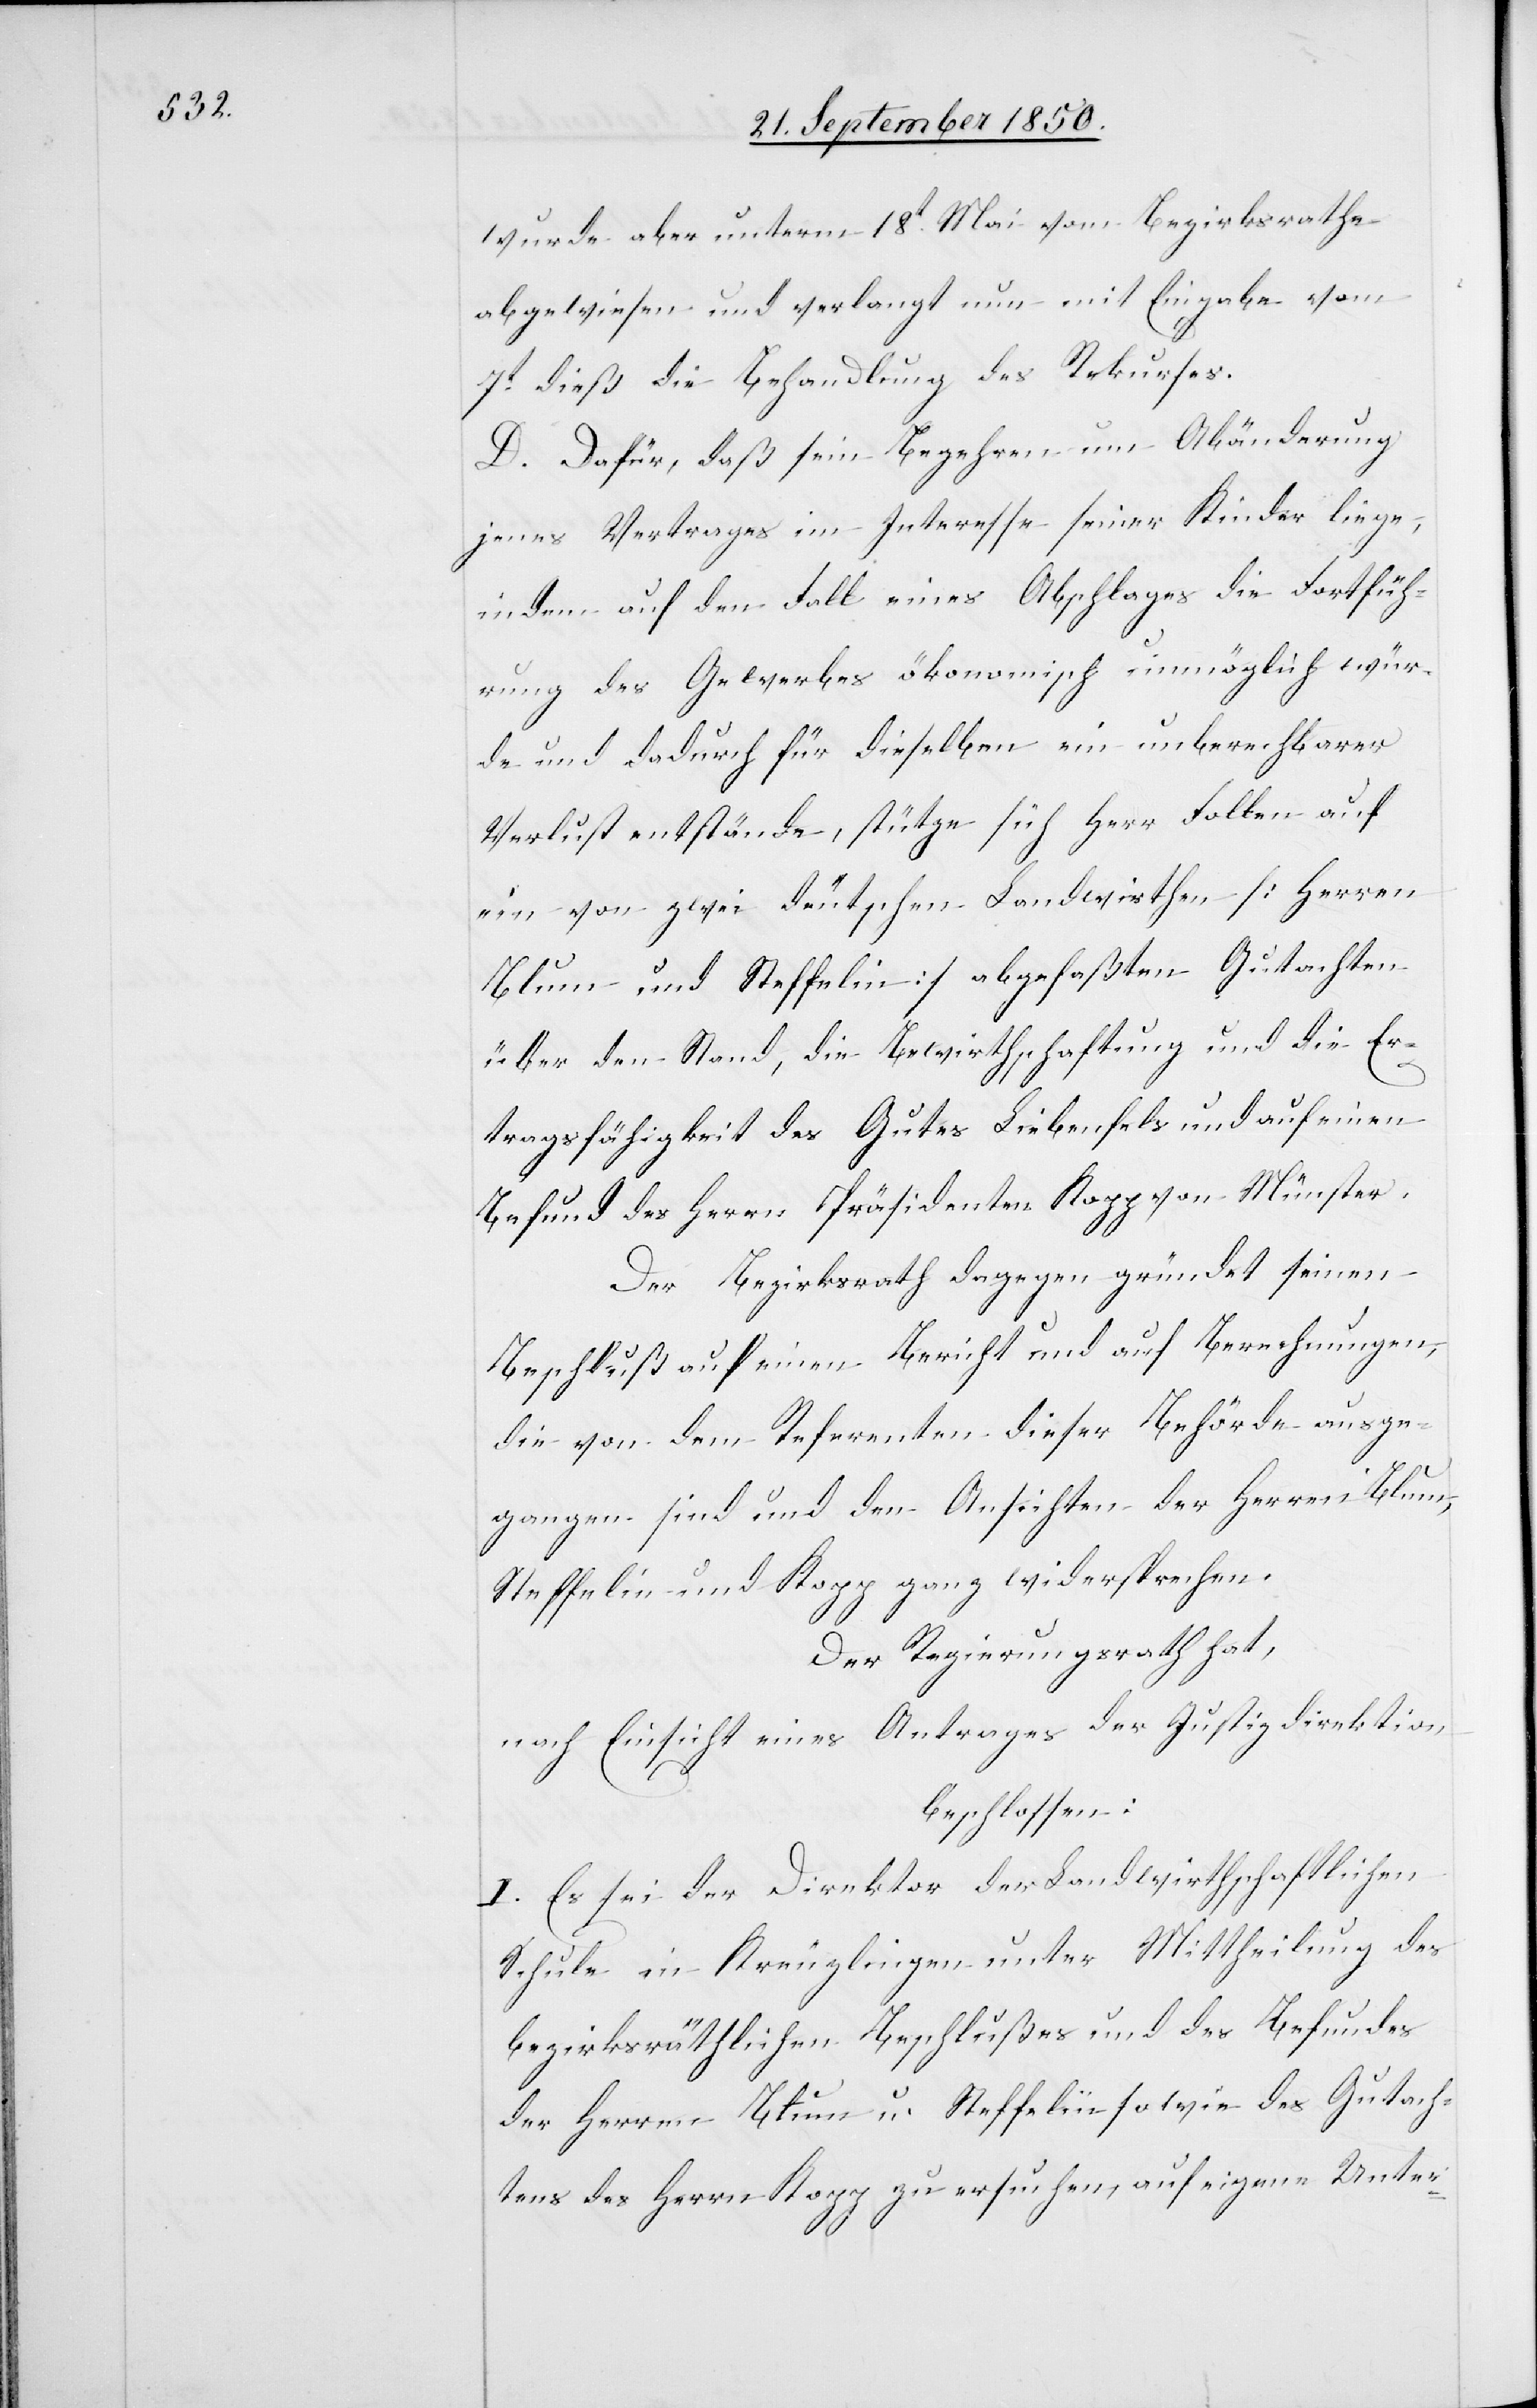
wurde aber unterm 18ten Mai vom Bezirksrathe
abgewiesen und verlangt nun mit Eingabe vom
7t dieß die Behandlung des Rekurses.
D. Dafür, daß sein Begehren um Abänderung
jenes Vertrages im Interesse seiner Kinder liege,
indem auf den Fall eines Abschlages die Fortfüh¬
rung des Gewerbes ökonomisch unmöglich wür¬
de und dadurch für dieselben ein unberechbarer
Verlust entstände, stütze sich Herr Follen auf
ein von zwei deutschen Landwirthen [Herren
Blum und Steffelin] abgefaßten Gutachten
über den Stand, die Bewirthschaftung und die Er¬
tragfähigkeit des Gutes Liebenfels und auf einen
Befund des Herrn Präsidenten Kopp von Münster.
Der Bezirksrath dagegen gründet seinen
Beschluß auf einen Bericht und auf Berechnungen,
die von dem Referenten dieser Behörde ausge¬
gangen sind und den Ansichten der Herren Blum,
Steffelin und Kopp ganz widersprechen.
Der Regierungsrath hat,
nach Einsicht eines Antrages der Justizdirektion
beschlossen:
I. Es sei der Direktor der Landwirthschaftlichen
Schule in Kreuzlingen unter Mittheilung des
bezirksräthlichen Beschlußes und des Befundes
der Herren Blum u. Steffelin sowie des Gutach¬
tens des Herrn Kopp zu ersuchen, auf eigene Unter-